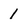
Character: 1